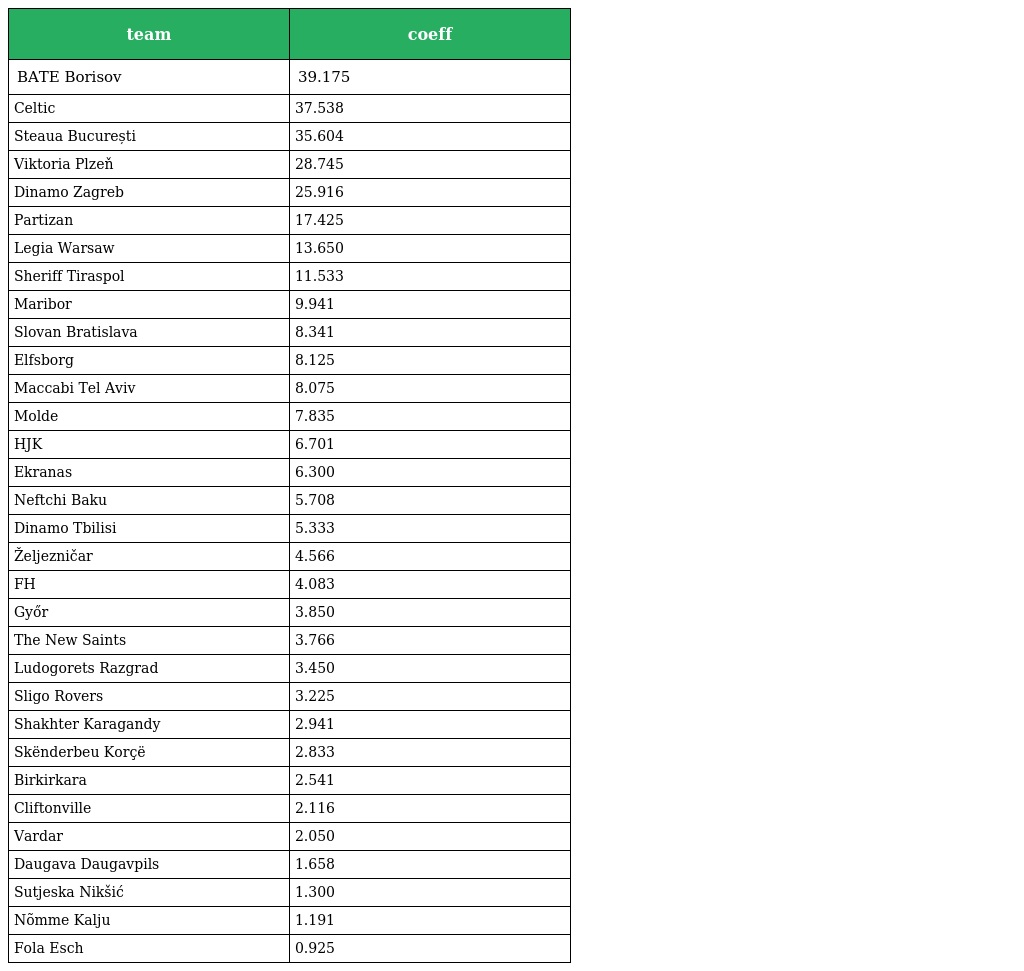
| team | coeff |
 | --- | --- |
 | BATE Borisov | 39.175 |
 | Celtic | 37.538 |
 | Steaua București | 35.604 |
 | Viktoria Plzeň | 28.745 |
 | Dinamo Zagreb | 25.916 |
 | Partizan | 17.425 |
 | Legia Warsaw | 13.650 |
 | Sheriff Tiraspol | 11.533 |
 | Maribor | 9.941 |
 | Slovan Bratislava | 8.341 |
 | Elfsborg | 8.125 |
 | Maccabi Tel Aviv | 8.075 |
 | Molde | 7.835 |
 | HJK | 6.701 |
 | Ekranas | 6.300 |
 | Neftchi Baku | 5.708 |
 | Dinamo Tbilisi | 5.333 |
 | Željezničar | 4.566 |
 | FH | 4.083 |
 | Győr | 3.850 |
 | The New Saints | 3.766 |
 | Ludogorets Razgrad | 3.450 |
 | Sligo Rovers | 3.225 |
 | Shakhter Karagandy | 2.941 |
 | Skënderbeu Korçë | 2.833 |
 | Birkirkara | 2.541 |
 | Cliftonville | 2.116 |
 | Vardar | 2.050 |
 | Daugava Daugavpils | 1.658 |
 | Sutjeska Nikšić | 1.300 |
 | Nõmme Kalju | 1.191 |
 | Fola Esch | 0.925 |